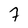
Character: 7